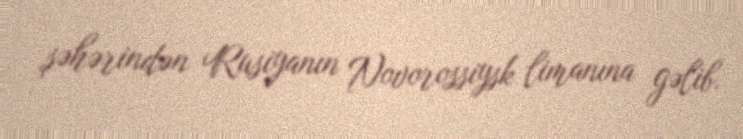
şəhərindən Rusiyanın Novorossiysk limanına gəlib.